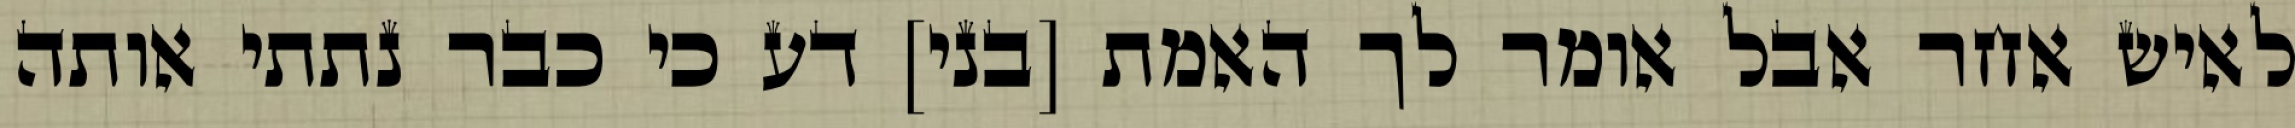
לאיש אחר אבל אומר לך האמת [בני] דע כי כבר נתתי אותה